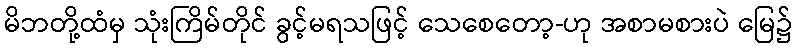
မိဘတို့ထံမှ သုံးကြိမ်တိုင် ခွင့်မရသဖြင့် သေစေတော့-ဟု အစာမစားပဲ မြေ၌